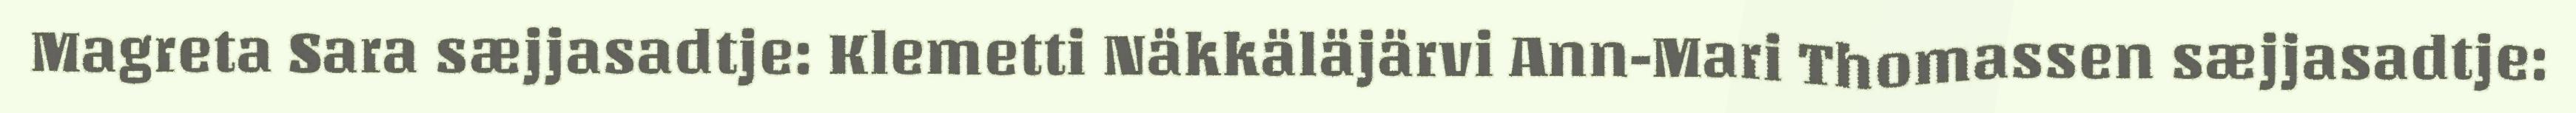
Magreta Sara sæjjasadtje: Klemetti Näkkäläjärvi Ann-Mari Thomassen sæjjasadtje: